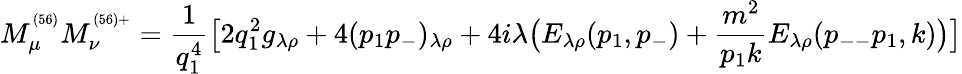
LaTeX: M_{\mu}^{^{(56)}}M_{\nu}^{^{(56)+}}=\frac{1}{q_{1}^{4}}\bigl[2q_{1}^{2}g_{\lambda\rho}+4(p_{1}p_{-})_{\lambda\rho}+4i\lambda\bigl(E_{\lambda\rho}(p_{1},p_{-})+\frac{m^{2}}{p_{1}k}E_{\lambda\rho}(p_{--}p_{1},k)\bigr)\bigr]